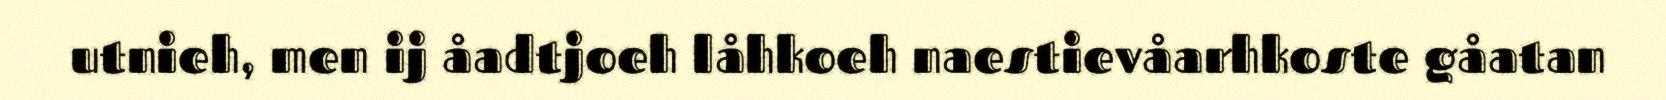
utnieh, men ij åadtjoeh låhkoeh naestievåarhkoste gåatan